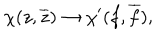
{ \chi } ( z , \overline { { { z } } } ) \rightarrow { \chi } ^ { \prime } ( f , \overline { { { f } } } ) , \quad